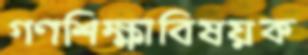
গণশিক্ষাবিষয়ক